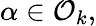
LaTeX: \alpha\in{\mathcal{O}}_{k},